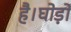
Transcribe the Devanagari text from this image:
है।घोड़ों